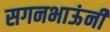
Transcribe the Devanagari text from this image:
सगनभाऊंनी